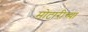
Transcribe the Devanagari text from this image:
मोटारीच्या